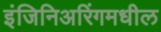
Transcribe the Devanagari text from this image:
इंजिनिअरिंगमधील